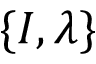
\{ I , \lambda \}